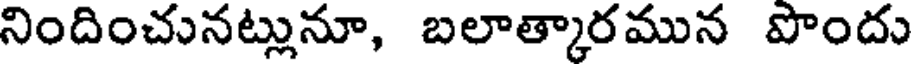
నిందించునట్లునూ, బలాత్కారమున పొందు